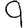
Digit: 9